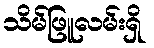
သိမ်ဖြူလမ်းရှိ